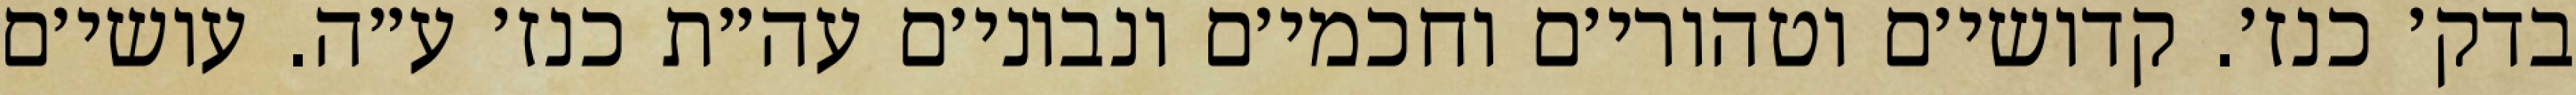
בדק׳ כנז׳. קדושי׳ם וטהורי׳ם וחכמי׳ם ונבוני׳ם עה״ת כנז׳ ע״ה. עושי׳ם